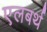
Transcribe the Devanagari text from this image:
एलबर्थ